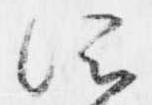
所